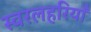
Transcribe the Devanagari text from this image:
स्वरलहरियाँ